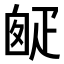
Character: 𤴙